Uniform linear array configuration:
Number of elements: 24
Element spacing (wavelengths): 0.25
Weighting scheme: kaiser
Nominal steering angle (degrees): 60
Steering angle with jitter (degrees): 58.354
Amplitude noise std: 0.05
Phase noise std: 0.05

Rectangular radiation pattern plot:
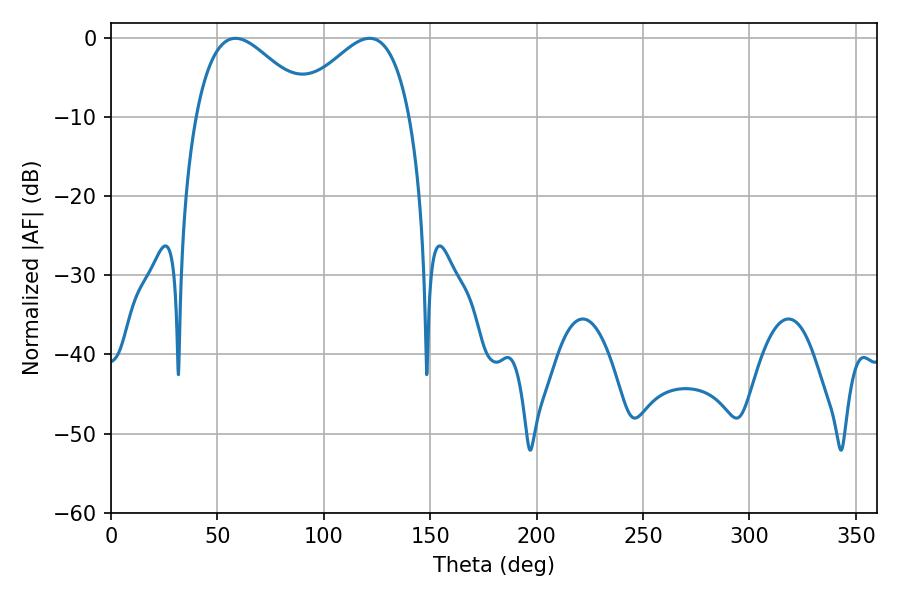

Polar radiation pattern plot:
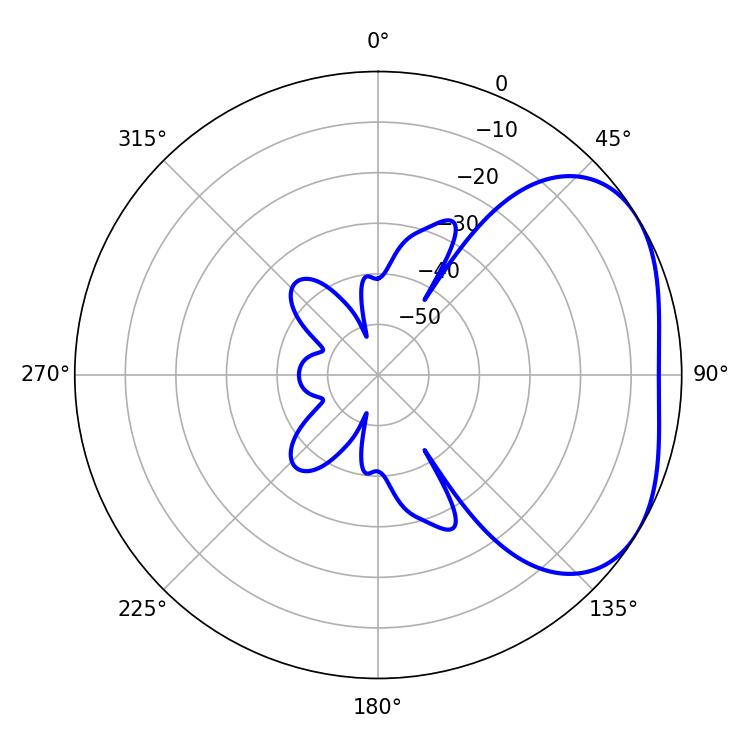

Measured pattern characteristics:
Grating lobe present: FALSE
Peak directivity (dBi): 3.227
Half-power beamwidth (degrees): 29.52
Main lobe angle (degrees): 58.5